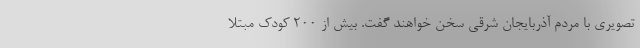
تصویری با مردم آذربایجان شرقی سخن خواهند گفت. بیش از ۲۰۰ کودک مبتلا